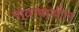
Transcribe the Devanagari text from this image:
पात्रामागील